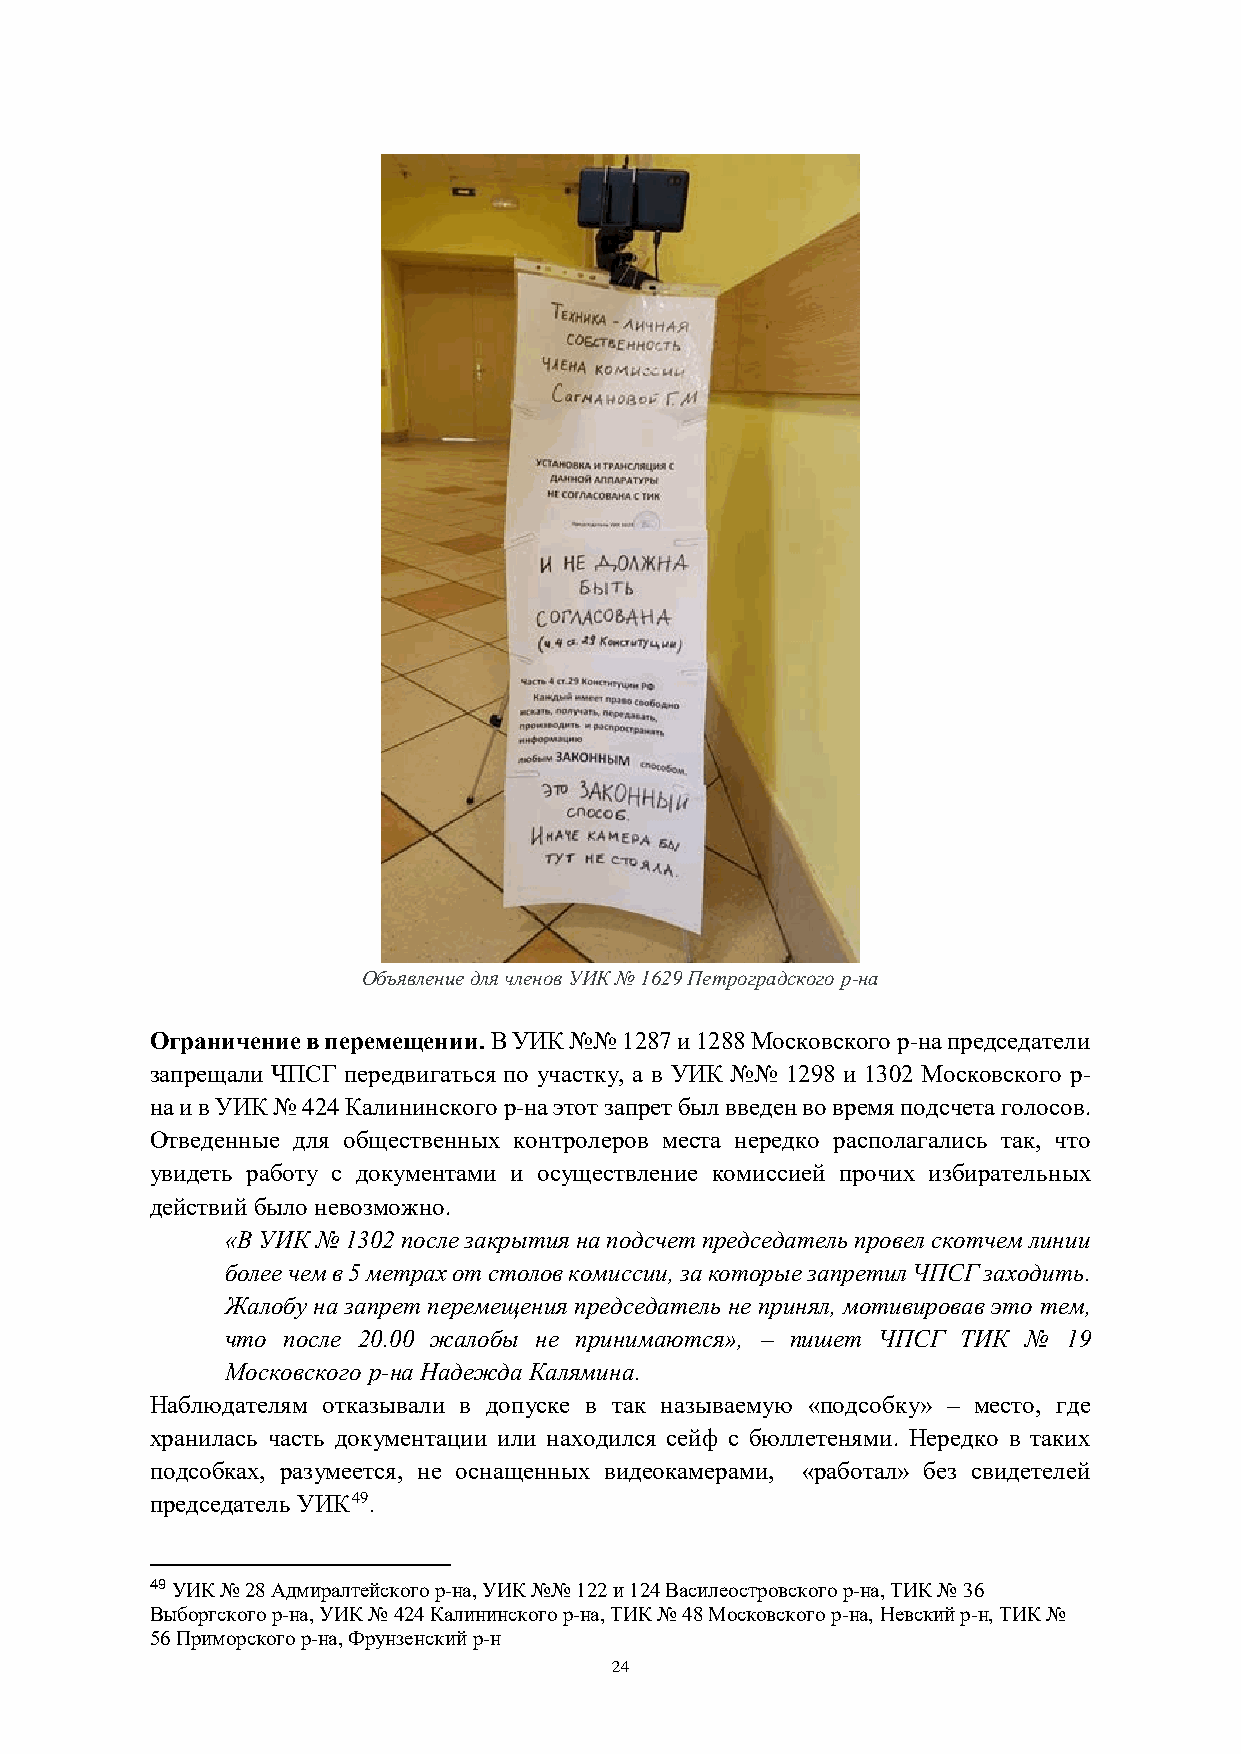
Объявление для членов УИК № 1629 Петроградского р-на
 Ограничение в перемещении. В УИК №№ 1287 и 1288 Московского р-на председатели
 запрещали ЧПСГ передвигаться по участку, а в УИК №№ 1298 и 1302 Московского р-
 на и в УИК № 424 Калининского р-на этот запрет был введен во время подсчета голосов.
 Отведенные для общественных контролеров места нередко располагались так, что
 увидеть работу с документами и осуществление комиссией прочих избирательных
 действий было невозможно.
 «В УИК № 1302 после закрытия на подсчет председатель провел скотчем линии
 более чем в 5 метрах от столов комиссии, за которые запретил ЧПСГ заходить.
 Жалобу на запрет перемещения председатель не принял, мотивировав это тем,
 что после 20.00 жалобы не принимаются», – пишет ЧПСГ ТИК № 19
 Московского р-на Надежда Калямина.
 Наблюдателям отказывали в допуске в так называемую «подсобку» – место, где
 хранилась часть документации или находился сейф с бюллетенями. Нередко в таких
 подсобках, разумеется, не оснащенных видеокамерами, «работал» без свидетелей
 председатель УИК49.
 49 УИК № 28 Адмиралтейского р-на, УИК №№ 122 и 124 Василеостровского р-на, ТИК № 36
 Выборгского р-на, УИК № 424 Калининского р-на, ТИК № 48 Московского р-на, Невский р-н, ТИК №
 56 Приморского р-на, Фрунзенский р-н
 24